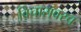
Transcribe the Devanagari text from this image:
विचारावरच